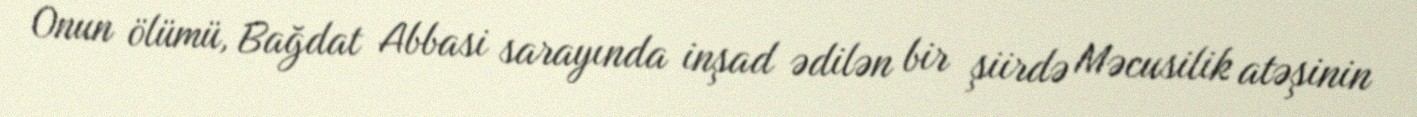
Onun ölümü, Bağdat Abbasi sarayında inşad ədilən bir şiirdə Məcusilik atəşinin